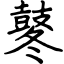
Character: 鼕